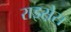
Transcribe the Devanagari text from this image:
राइस़ेस